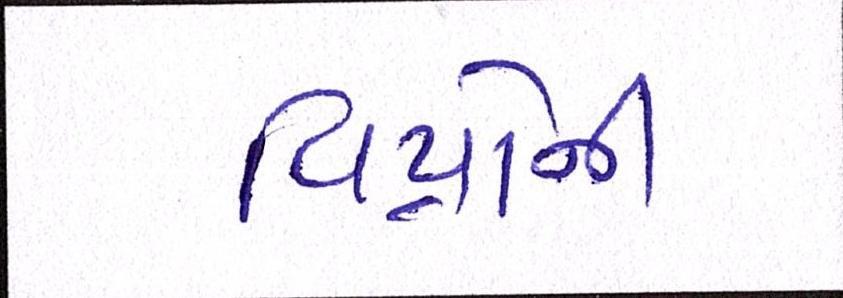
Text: વિપ્રોનો